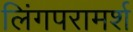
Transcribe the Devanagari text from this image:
लिंगपरामर्श